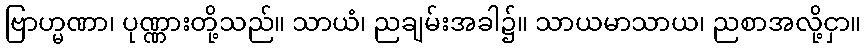
ဗြာဟ္မဏာ၊ ပုဏ္ဏားတို့သည်။ သာယံ၊ ညချမ်းအခါ၌။ သာယမာသာယ၊ ညစာအလို့ငှာ။